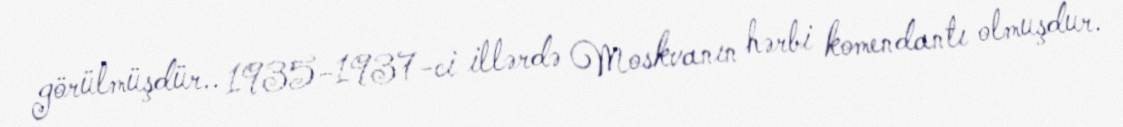
görülmüşdür.. 1935-1937-ci illərdə Moskvanın hərbi komendantı olmuşdur.